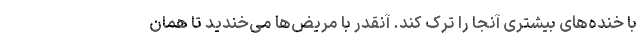
با خنده‌های بیشتری آنجا را ترک کند. آنقدر با مریض‌ها می‌خندید تا همان